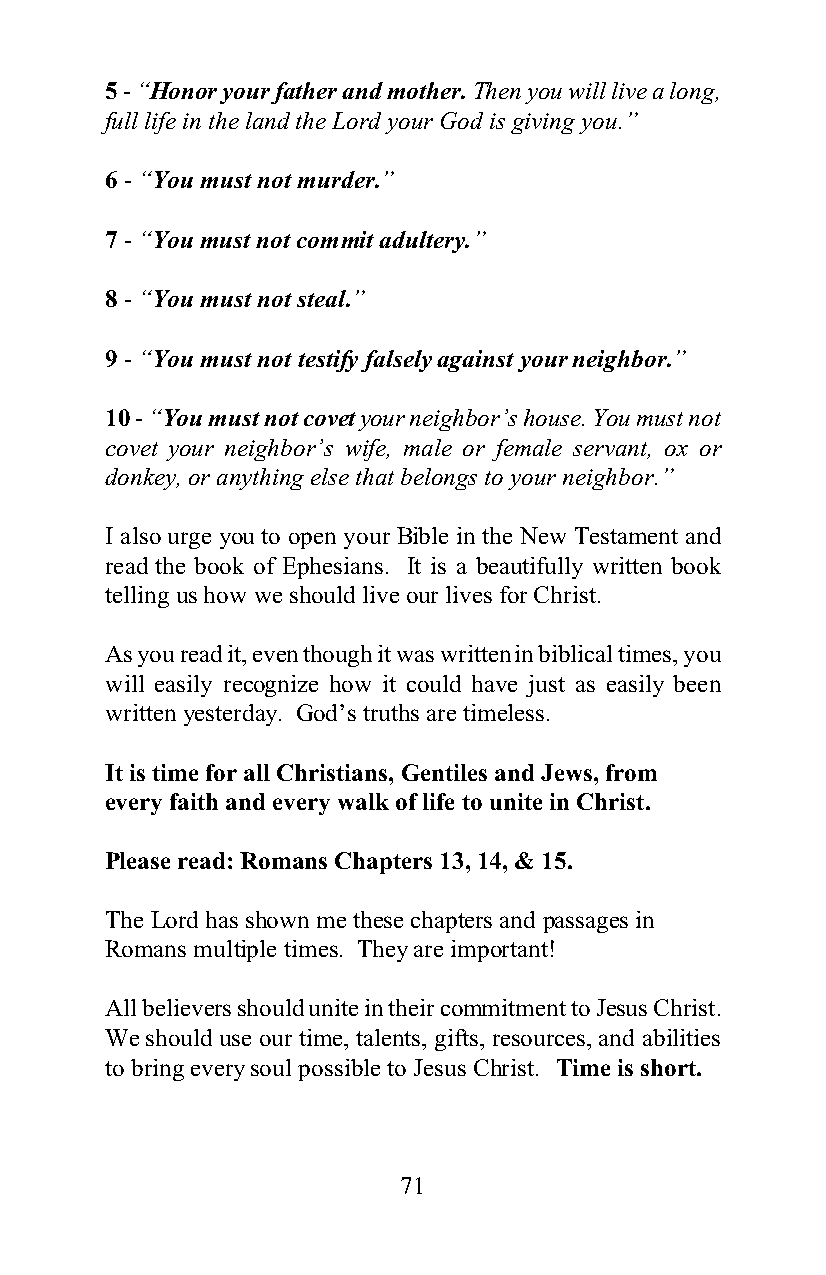
5 - “Honor your father and mother. Then you will live a long,
 full life in the land the Lord your God is giving you.”
 6 - “You must not murder.”
 7 - “You must not commit adultery.”
 8 - “You must not steal.”
 9 - “You must not testify falsely against your neighbor.”
 10 - “You must not covet your neighbor’s house. You must not
 covet your neighbor’s wife, male or female servant, ox or
 donkey, or anything else that belongs to your neighbor.”
 I also urge you to open your Bible in the New Testament and
 read the book of Ephesians. It is a beautifully written book
 telling us how we should live our lives for Christ.
 As you read it, even though it was written in biblical times, you
 will easily recognize how it could have just as easily been
 written yesterday. God’s truths are timeless.
 It is time for all Christians, Gentiles and Jews, from
 every faith and every walk of life to unite in Christ.
 Please read: Romans Chapters 13, 14, & 15.
 The Lord has shown me these chapters and passages in
 Romans multiple times. They are important!
 All believers should unite in their commitment to Jesus Christ.
 We should use our time, talents, gifts, resources, and abilities
 to bring every soul possible to Jesus Christ. Time is short.
 71